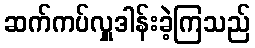
ဆက်ကပ်လှူဒါန်းခဲ့ကြသည်